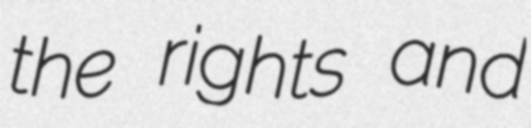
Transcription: the rights and